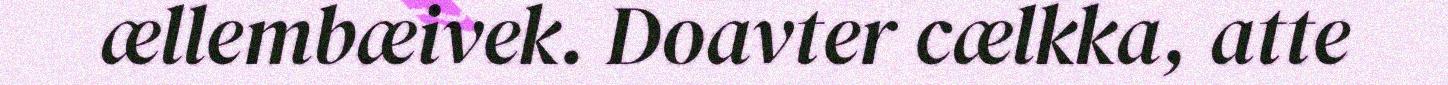
ællembæivek. Doavter cælkka, atte